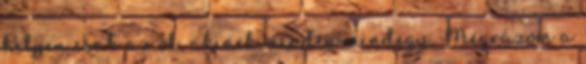
helyen csak az öl, akinek minden mindegy. Megrázom a